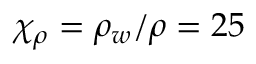
\chi _ { \rho } = \rho _ { w } / \rho = 2 5